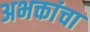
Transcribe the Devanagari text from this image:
अभक्तांचा